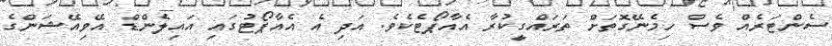
ސެންޓަރެއް ވެސް ހިމެނޭގޮތަށް ތަރައްގީކުރާ އެއާޕޯޓެކެވެ. އަދި އެ އެއާޕޯޓުގައި އައިލެންޑް އޭވިއޭޝަންގެ